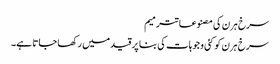
سرخ ہرن کی مصنوعاتترمیم
سرخ ہرن کو کئی وجوہات کی بنا پر قید میں رکھا جاتا ہے۔